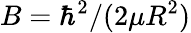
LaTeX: B=\hbar^{2}/(2\mu R^{2})